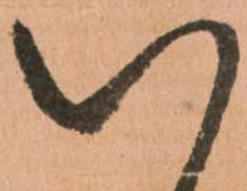
以